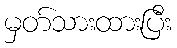
မှတ်သားထားပြီး